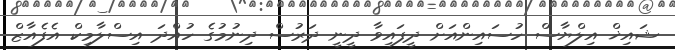
ޝައިޚް އިލްޔާސް ހުސައިންއަށް ދީފައިވާ ދީނީ ދަރުސް ދިނުމުގެ ހުއްދަ އިސްލާމިކް އެފެއާޒް